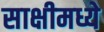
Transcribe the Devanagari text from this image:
साक्षीमध्ये